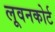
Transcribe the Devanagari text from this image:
लूवनकोर्ट